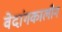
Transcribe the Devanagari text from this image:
वेदांगकालीन